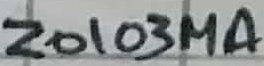
Text: Z0103MA